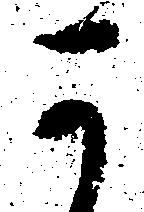
可